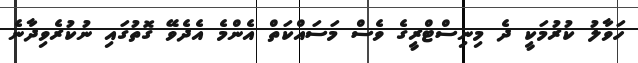
ހަވާލު ކުރުމަކީ ދެ މިނިސްޓްރީގެ ވެސް މަސައްކަތް އެންމެ އެދެވޭ ގޮތުގައި ނުކުރެވިދާނެ